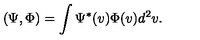
( \Psi , \Phi ) = \int \Psi ^ { * } ( v ) \Phi ( v ) d ^ { 2 } v .